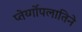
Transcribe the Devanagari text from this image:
प्तेर्य्गोपलातिने